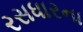
રસધારના